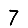
Digit: 7